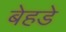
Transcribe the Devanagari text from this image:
बेहडे